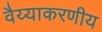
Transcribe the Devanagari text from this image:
वैय्याकरणीय